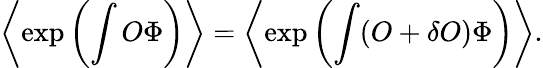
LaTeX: \left\langle\exp\left(\int O\Phi\right)\right\rangle=\left\langle\exp\left(\int(O+\delta O)\Phi\right)\right\rangle.